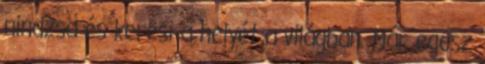
nindzsa és keresi a helyét a világban. Már egész